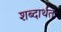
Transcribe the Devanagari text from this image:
शब्दार्थतः